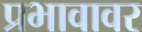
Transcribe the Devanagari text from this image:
प्रभावावर